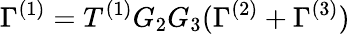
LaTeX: \Gamma^{(1)}=T^{(1)}G_{2}G_{3}(\Gamma^{(2)}+\Gamma^{(3)})